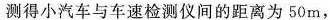
测得小汽车与车速检测仪间的距离为50m，